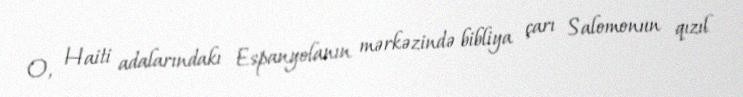
O, Haiti adalarındakı Espanyolanın mərkəzində bibliya çarı Salomonun qızıl